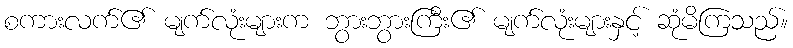
စကားလက်၏ မျက်လုံးများက ဘွားဘွားကြီး၏ မျက်လုံးများနှင့် ဆုံမိကြသည်။